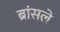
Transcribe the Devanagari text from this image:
ब्रांसले